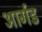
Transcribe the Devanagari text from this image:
आर्गड